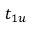
t _ { 1 u }